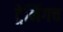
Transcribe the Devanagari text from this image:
ट्रेनिंगच